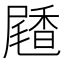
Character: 𪨝